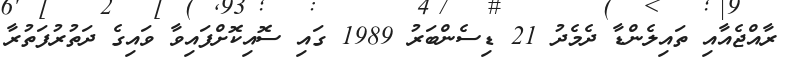
ރާއްޖެއާއި ތައިލެންޑާ ދެމެދު 21 ޑިސެންބަރު 1989 ގައި ސޮއިކޮށްފައިވާ ވައިގެ ދަތުރުފަތުރާ